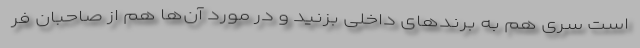
است سری هم به برندهای داخلی بزنید و در مورد آن‌ها هم از صاحبان فر